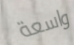
واسعة